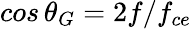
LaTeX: cos\, \theta_{G}=2f/f_{ce}